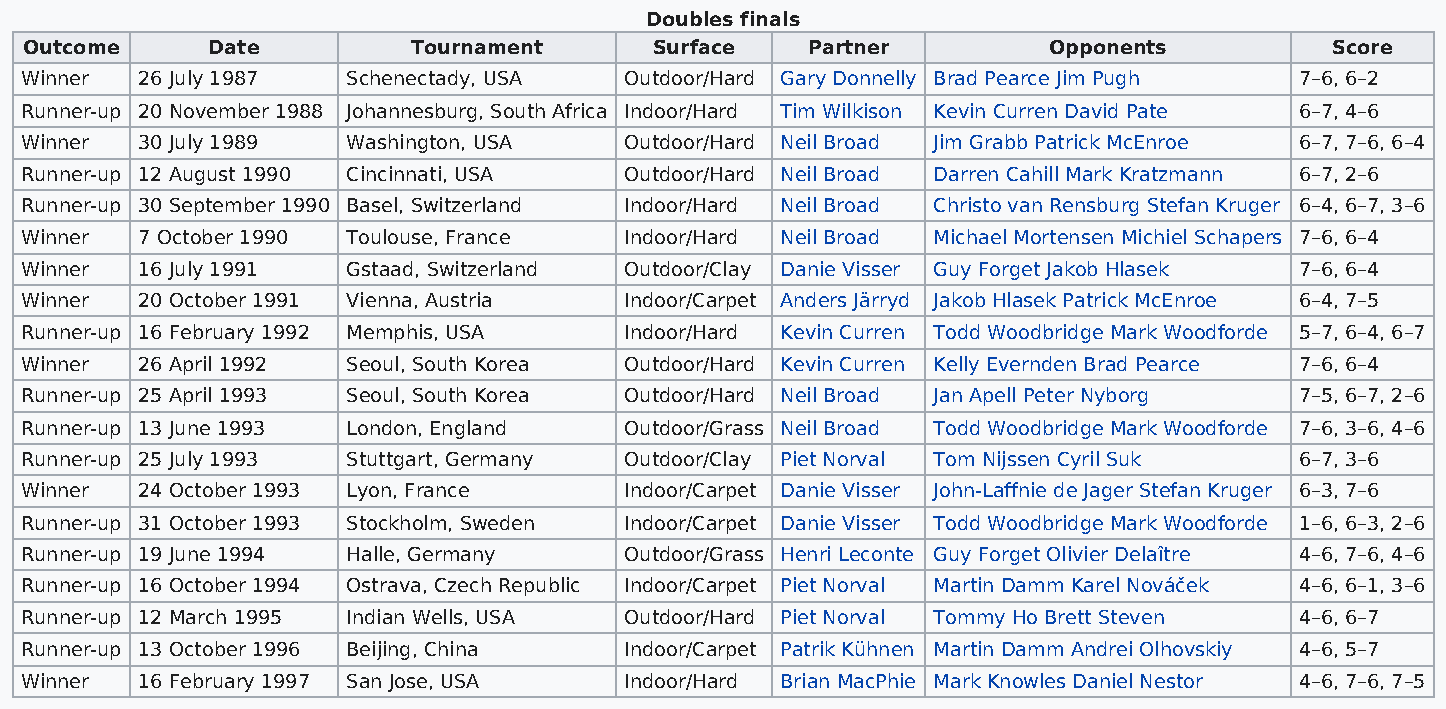
Doubles finals
 Outcome     Date         Tournament      Surface   Partner         Opponents          Score
 Winner  26 July 1987  Schenectady, USA  Outdoor/Hard Gary Donnelly Brad Pearce Jim Pugh 7–6, 6–2
 Runner-up 20 November 1988 Johannesburg, South Africa Indoor/Hard Tim Wilkison Kevin Curren David Pate 6–7, 4–6
 Winner  30 July 1989  Washington, USA   Outdoor/Hard Neil Broad Jim Grabb Patrick McEnroe 6–7, 7–6, 6–4
 Runner-up 12 August 1990 Cincinnati, USA Outdoor/Hard Neil Broad Darren Cahill Mark Kratzmann 6–7, 2–6
 Runner-up 30 September 1990 Basel, Switzerland Indoor/Hard Neil Broad Christo van Rensburg Stefan Kruger 6–4, 6–7, 3–6
 Winner  7 October 1990 Toulouse, France Indoor/Hard Neil Broad Michael Mortensen Michiel Schapers 7–6, 6–4
 Winner  16 July 1991  Gstaad, Switzerland Outdoor/Clay Danie Visser Guy Forget Jakob Hlasek 7–6, 6–4
 Winner  20 October 1991 Vienna, Austria Indoor/Carpet Anders Järryd Jakob Hlasek Patrick McEnroe 6–4, 7–5
 Runner-up 16 February 1992 Memphis, USA Indoor/Hard Kevin Curren Todd Woodbridge Mark Woodforde 5–7, 6–4, 6–7
 Winner  26 April 1992 Seoul, South Korea Outdoor/Hard Kevin Curren Kelly Evernden Brad Pearce 7–6, 6–4
 Runner-up 25 April 1993 Seoul, South Korea Outdoor/Hard Neil Broad Jan Apell Peter Nyborg 7–5, 6–7, 2–6
 Runner-up 13 June 1993 London, England  Outdoor/Grass Neil Broad Todd Woodbridge Mark Woodforde 7–6, 3–6, 4–6
 Runner-up 25 July 1993 Stuttgart, Germany Outdoor/Clay Piet Norval Tom Nijssen Cyril Suk 6–7, 3–6
 Winner  24 October 1993 Lyon, France    Indoor/Carpet Danie Visser John-Laffnie de Jager Stefan Kruger 6–3, 7–6
 Runner-up 31 October 1993 Stockholm, Sweden Indoor/Carpet Danie Visser Todd Woodbridge Mark Woodforde 1–6, 6–3, 2–6
 Runner-up 19 June 1994 Halle, Germany   Outdoor/Grass Henri Leconte Guy Forget Olivier Delaître 4–6, 7–6, 4–6
 Runner-up 16 October 1994 Ostrava, Czech Republic Indoor/Carpet Piet Norval Martin Damm Karel Nováček 4–6, 6–1, 3–6
 Runner-up 12 March 1995 Indian Wells, USA Outdoor/Hard Piet Norval Tommy Ho Brett Steven 4–6, 6–7
 Runner-up 13 October 1996 Beijing, China Indoor/Carpet Patrik Kühnen Martin Damm Andrei Olhovskiy 4–6, 5–7
 Winner  16 February 1997 San Jose, USA  Indoor/Hard Brian MacPhie Mark Knowles Daniel Nestor 4–6, 7–6, 7–5